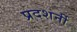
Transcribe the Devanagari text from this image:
प्रदशर्नी